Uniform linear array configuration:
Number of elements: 16
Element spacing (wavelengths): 0.75
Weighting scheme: exponential
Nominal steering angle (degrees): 0
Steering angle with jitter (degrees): -1.458
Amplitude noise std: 0.05
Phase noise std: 0.05

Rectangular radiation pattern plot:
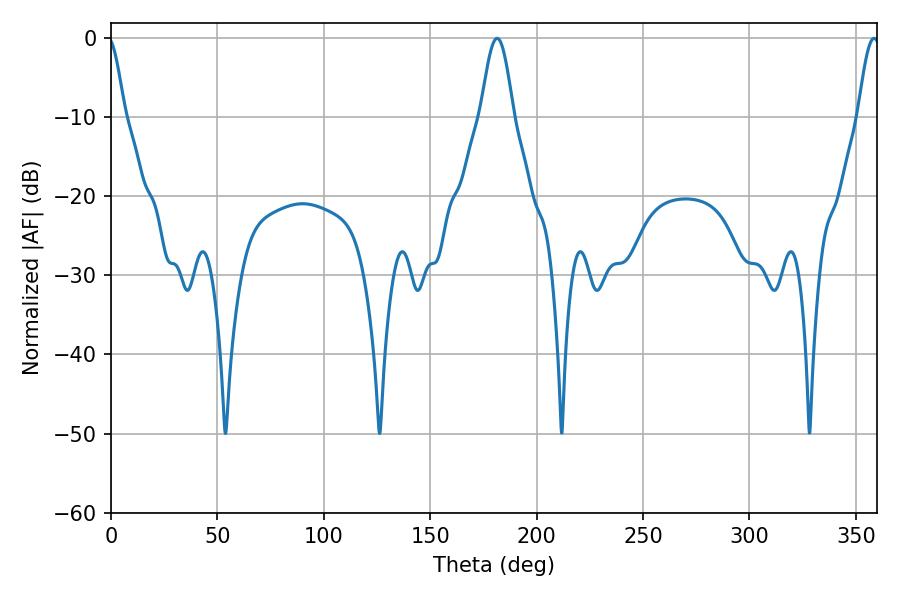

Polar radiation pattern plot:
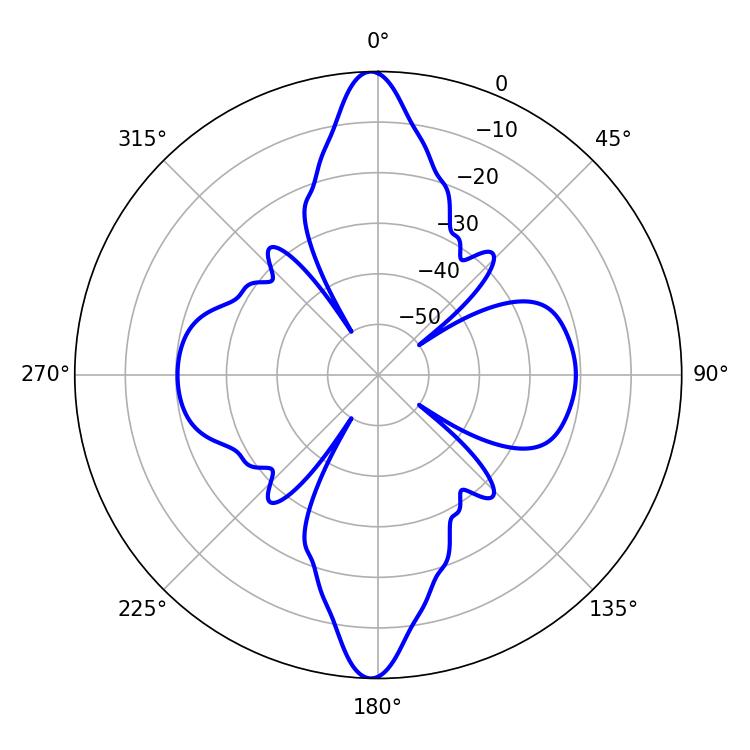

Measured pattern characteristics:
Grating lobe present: TRUE
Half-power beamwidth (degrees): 8.1
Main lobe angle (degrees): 181.44